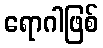
ရောဂါဖြစ်